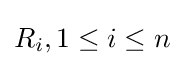
R_{i},1\leq i\leq n